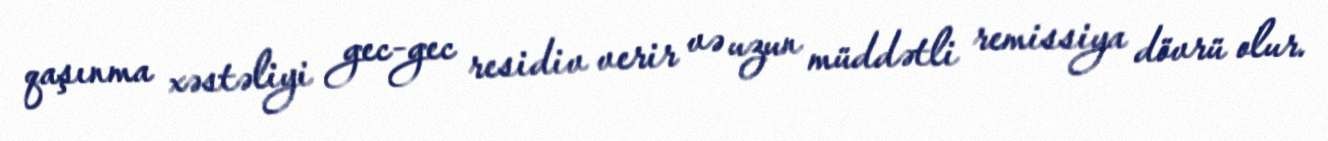
qaşınma xəstəliyi gec-gec residiv verir və uzun müddətli remissiya dövrü olur.